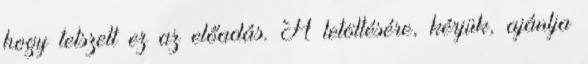
hogy tetszett ez az előadás. A letöltésére, kérjük, ajánlja